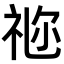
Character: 𥙧